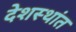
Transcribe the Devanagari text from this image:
देशस्थांत